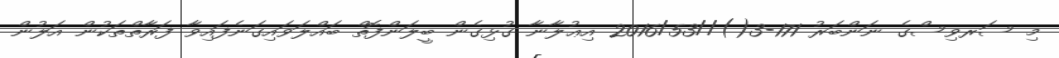
މި ސަރވިސްގެ ނަންބަރު 171-3()//2016/53 އިޢުލާނާ ގުޅިގެން ބީލަންފޮތް ބައްލަވައިގަނެފައިވާ ފަރާތްތަކުން އަލުން